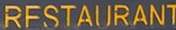
RESTAURANT